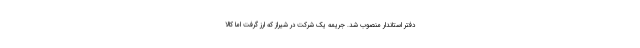
دفتر استاندار منصوب شد. جریمه یک شرکت در شیراز که ارز گرفت اما کالا